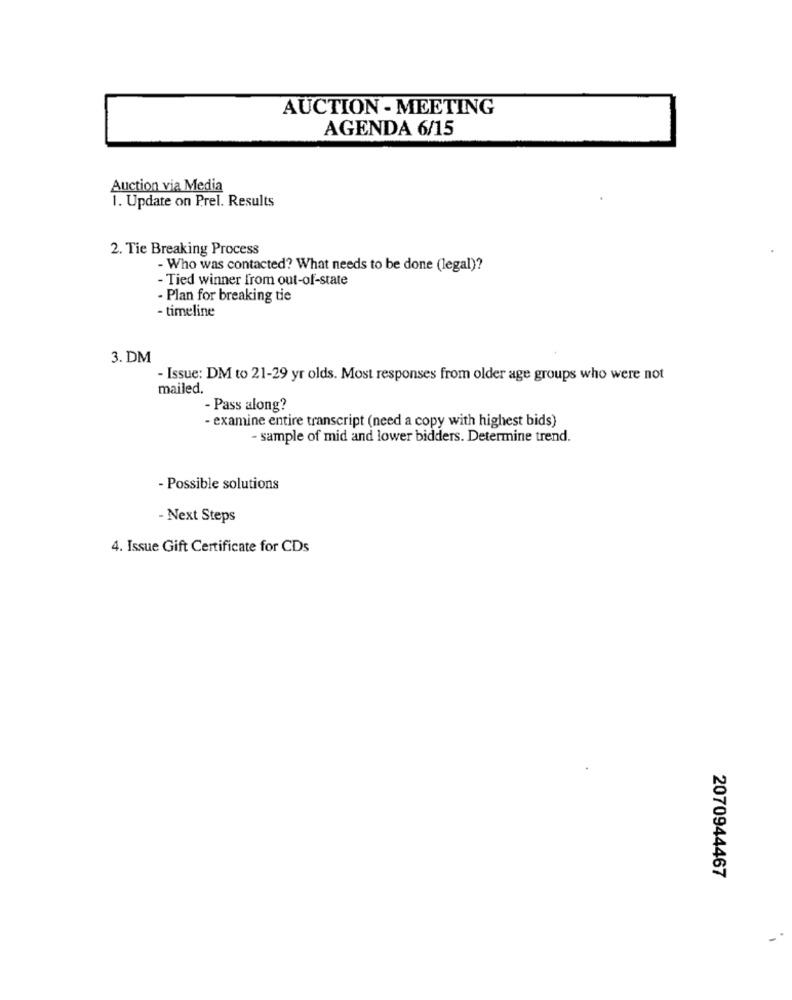
AUCTION - MEETING
AGENDA 6/15
Auction via Media
1. Update on Prel. Results
2. Tie Breaking Process
- Who was contacted? What needs to be done (legal)?
- Tied winner from out-of-state
- Plan for breaking tie
- timeline
3. DM
- Issue: DM to 21-29 yr olds. Most responses from older age groups who were not
mailed.
- Pass along?
- examine entire transcript (need a copy with highest bids)
- sample of mid and lower bidders. Determine trend.
- Possible solutions
- Next Steps
4. Issue Gift Certificate for CDs
2070944467